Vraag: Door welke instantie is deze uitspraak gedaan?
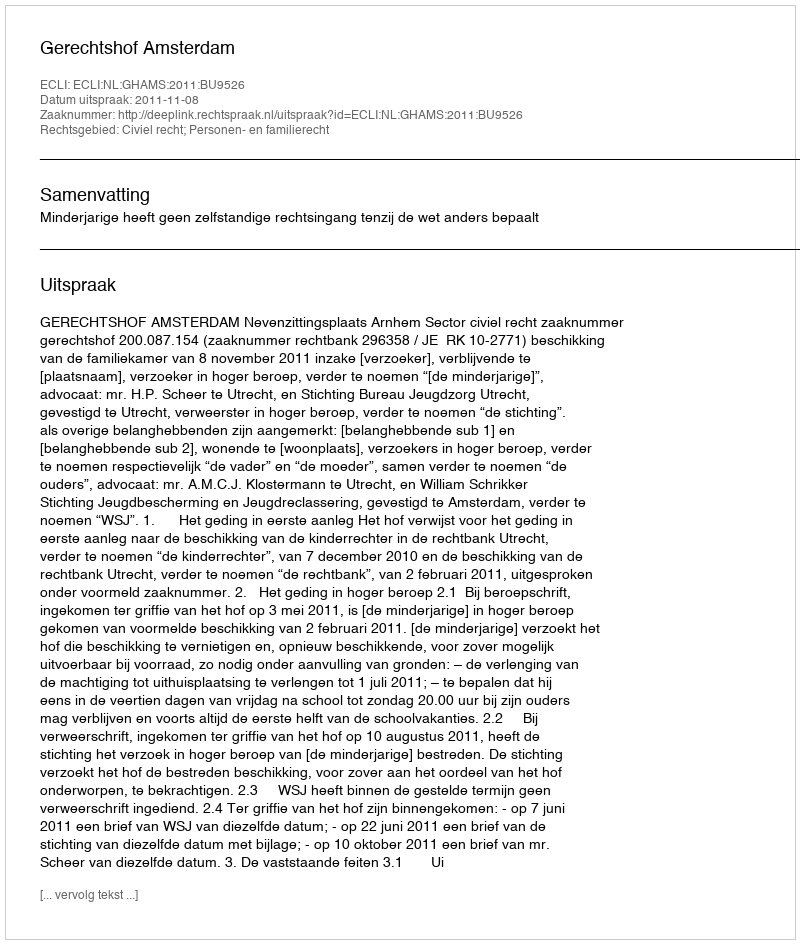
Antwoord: Gerechtshof Amsterdam